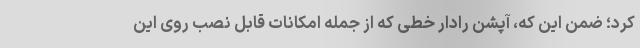
کرد؛ ضمن این که، آپشن رادار خطی که از جمله امکانات قابل نصب روی این